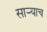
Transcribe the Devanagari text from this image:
साऱ्याच